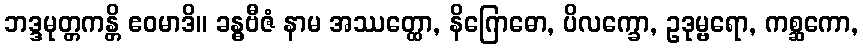
ဘဒ္ဒမုတ္တကန္တိ ဧဝမာဒိ။ ခန္ဓဗီဇံ နာမ အဿတ္ထော, နိဂြောဓော, ပိလက္ခော, ဥဒုမ္ဗရော, ကစ္ဆကော,